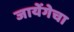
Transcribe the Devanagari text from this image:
जायेंगेचा